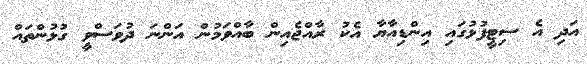
އަދި އެ ސިޓީފުޅުގައި އިންޑިއާޔާ އެކު ރާއްޖެއިން ބާއްވަމުން އަންނަ ދުވަސްވީ ގުޅުންތައް